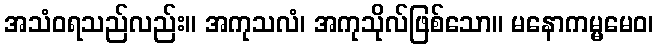
အသံဝရသည်လည်း။ အကုသလံ၊ အကုသိုလ်ဖြစ်သော။ မနောကမ္မမေဝ၊